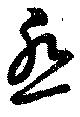
怨